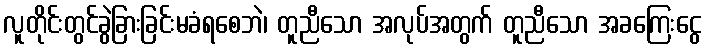
လူတိုင်းတွင်ခွဲခြားခြင်းမခံရစေဘဲ၊ တူညီသော အလုပ်အတွက် တူညီသော အခကြေးငွေ